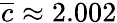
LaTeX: \overline{{c}}\approx 2.002